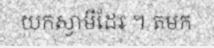
យកស្វាមីដែរ ។ តមក